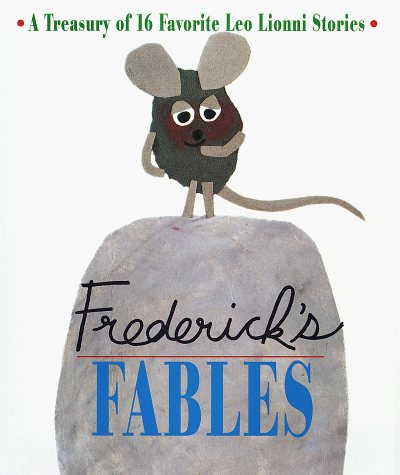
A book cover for Frederick's Fables : A Treasury of 16 Favorite Leo Lionni Stories; Leo Lionni; Children's Books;